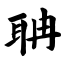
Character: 聃